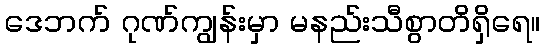
ဒေဘက် ဂုဏ်ကျွန်းမှာ မနည်းသီစွာတိရှိရေ။